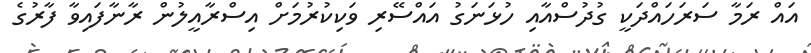
އައް ރަމާ ސަރަހައްދަކީ ގުދުސްއާއި ހުޅަނަގު އައްސޭރި ވަކިކުރުމަށް އިސްރާއީލުން ރާނާފައިވާ ފާރުގެ